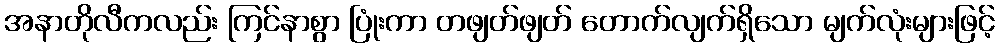
အနာတိုလီကလည်း ကြင်နာစွာ ပြုံးကာ တဖျတ်ဖျတ် တောက်လျက်ရှိသော မျက်လုံးများဖြင့်